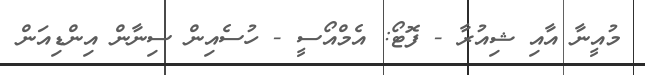
މުއީނާ އާއި ޝިއުރާ - ފޮޓޯ: އެމްއޯސީ - ހުސެއިން ސިނާން އިންޑިއަން